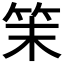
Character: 𥬎